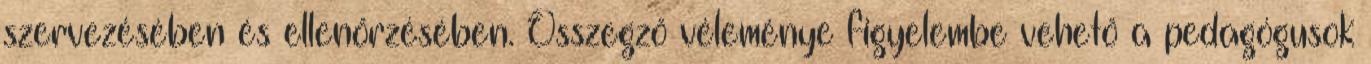
szervezésében és ellenőrzésében. Összegző véleménye figyelembe vehető a pedagógusok